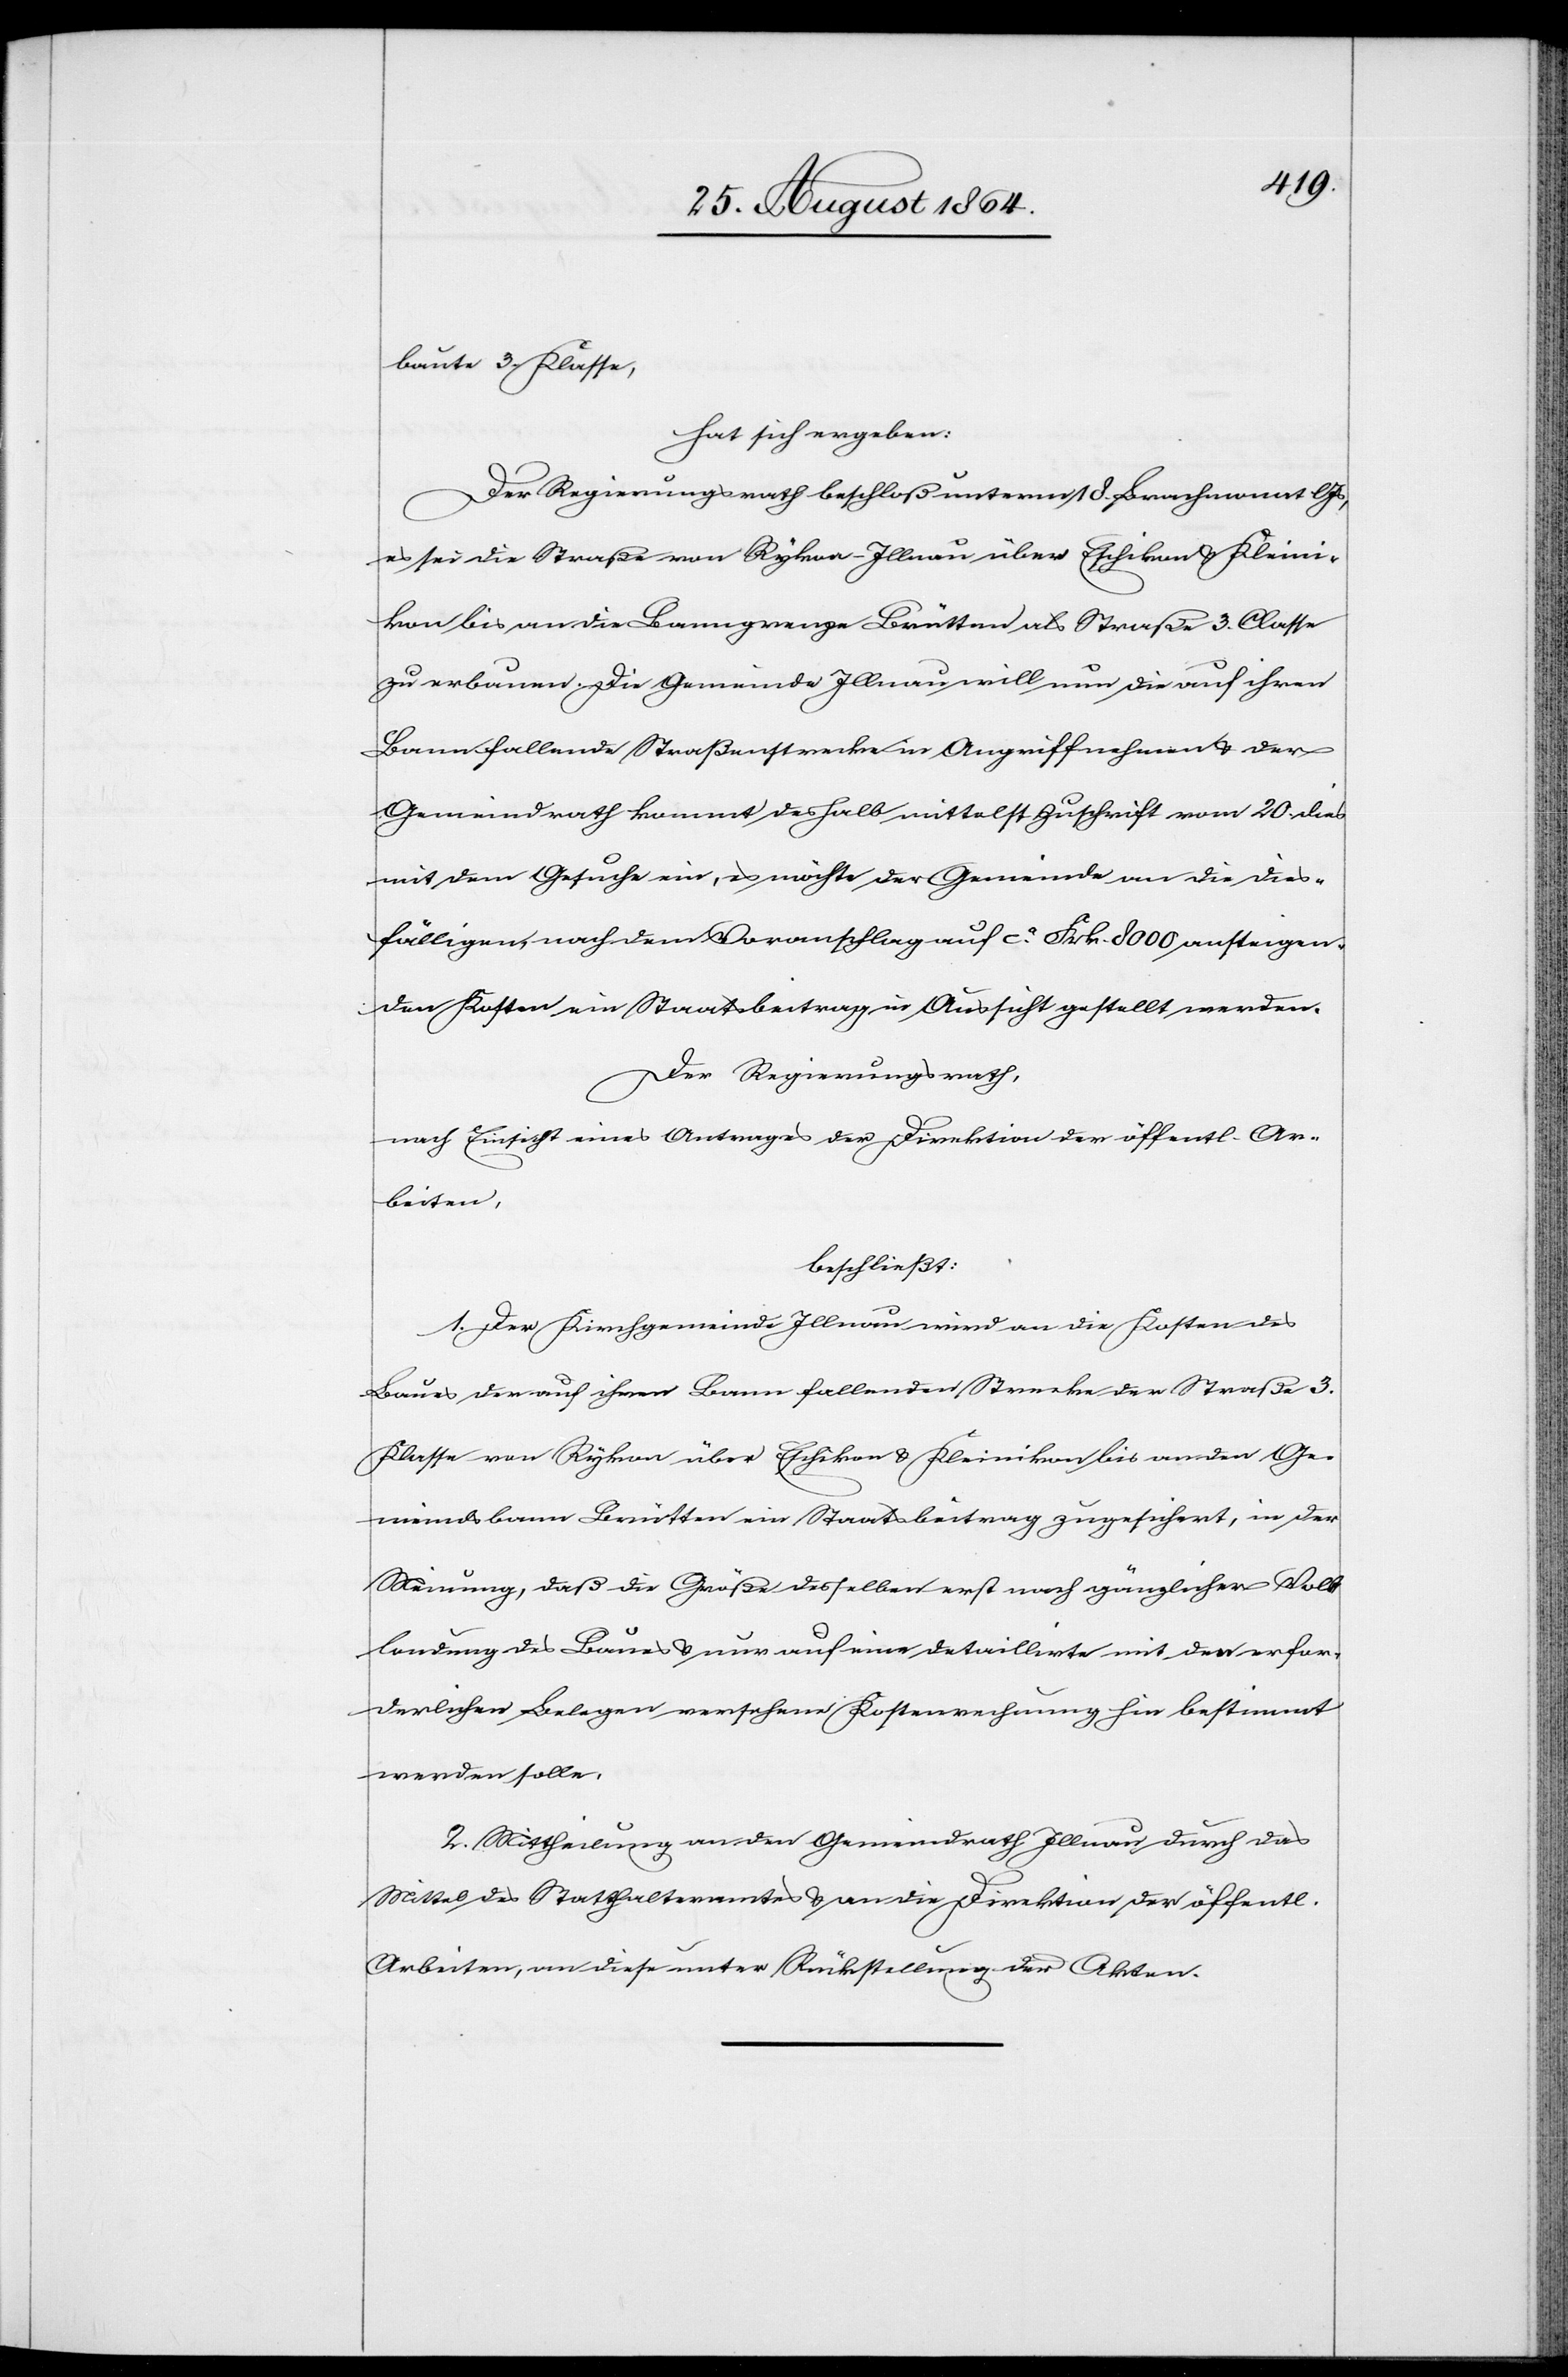
baute 3. Klasse,
hat sich ergeben:
Der Regierungsrath beschloß unterm 18. Brachmonat l.
es sei die Straße von Rykon-Illnau über Eschikon & Kleini¬
kon bis an die Baumgrenze Brütten als Straße 3. Classe
zu erbauen. Die Gemeinde Illnau will nun die auf ihren
Bann fallende Straßenstrecke in Angriff nehmen & der
Gemeindrath kommt deshalb mittelst Zuschrift vom 20. dies
mit dem Gesuche ein, es möchte der Gemeinde an die dies¬
fälligen, nach dem Voranschlag auf ca. Frk. 8000 ansteigen¬
den Kosten ein Staatsbeitrag in Aussicht gestellt werden.
Der Regierungsrath,
nach Einsicht eines Antrages der Direktion der öffentl. Ar¬
beiten,
beschließt:
1. Der Kirchgemeinde Illnau wird an die Kosten des
Baues der auf ihren Bann fallenden Strecke der Straße 3.
Klasse von Rykon über Eschikon & Kleinikon bis an den Ge¬
meindsbann Brütten ein Staatsbeitrag zugesichert, in der
Meinung, daß die Größe desselben erst nach gänzlicher Vol¬
lendung des Baues & nur auf eine detaillirte mit den erfor¬
derlichen Belegen versehenen Kostenrechnung hin bestimmt
werden solle.
2. Mittheilung an den Gemeindrath Illnau, durch das
Mittel des Statthalteramtes & an die Direktion der öffentl.
Arbeiten, an diese unter Rückstellung der Akten.